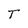
Character: T